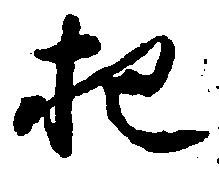
把